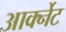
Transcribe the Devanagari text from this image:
आर्क्नेट